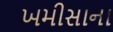
ખમીસાના